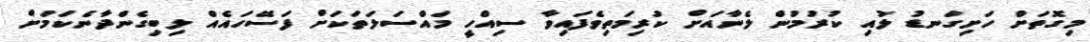
މިގޮތަށް ހަށިގަނޑު ލުއި ކުރުމުން ލެނާއަށް ކުރިމަތިވެފައިވާ ސިއްހީ މައްސަލަތަކަށް ފަސޭހައެއް ލިބިގެންދާނެކަމަށް